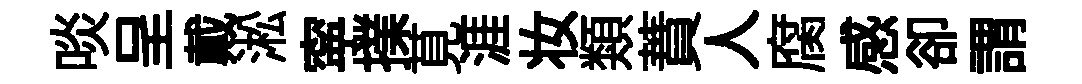
啖呈戴淞寜擈莧涯妆類蕡人腐感卻謂